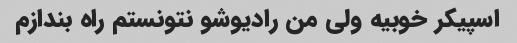
اسپیکر خوبیه ولی من رادیوشو نتونستم راه بندازم